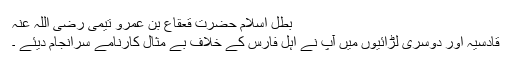
بطل اسلام حضرت قعقاع بن عمرو تیمی رضی اللہ عنہ​
قادسیہ اور دوسری لڑائیوں میں آپ نے اہل فارس کے خلاف بے مثال کارنامے سرانجام دیئے ۔